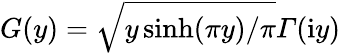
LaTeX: G(y)=\sqrt{y\sinh(\pi y)/\pi}\varGamma(\mathrm{i}y)